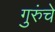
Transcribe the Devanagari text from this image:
गुरुंचे